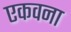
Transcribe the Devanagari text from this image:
एकवना